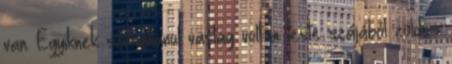
van. Egyiknek szokatlanul vastag volt a teste szájából zöldes